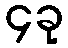
၄ခု